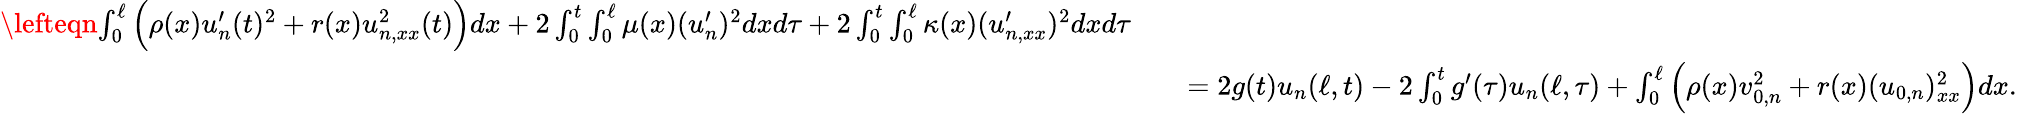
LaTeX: \begin{array}{rlr}{\lefteqn{\int_{0}^{\ell}\Big(\rho(x)u_{n}^{\prime}(t)^{2}+r(x)u_{n,xx}^{2}(t)\Big)dx+2\int_{0}^{t}\int_{0}^{\ell}\mu(x)(u_{n}^{\prime})^{2}dxd\tau+2\int_{0}^{t}\int_{0}^{\ell}\kappa(x)(u_{n,xx}^{\prime})^{2}dxd\tau}}\\ &{}&{=2g(t)u_{n}(\ell,t)-2\int_{0}^{t}g^{\prime}(\tau)u_{n}(\ell,\tau)+\int_{0}^{\ell}\Big(\rho(x)v_{0,n}^{2}+r(x)(u_{0,n})_{xx}^{2}\Big)dx.~~~}\end{array}